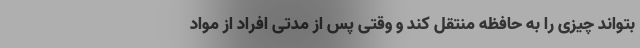
بتواند چیزی را به حافظه منتقل کند و وقتی پس از مدتی افراد از مواد